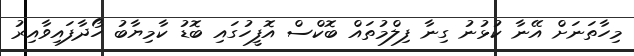
މިހާތަނަށް އޭނާ ކުޅުނު ގިނާ ފިލްމުތައް ބޮކްސް އޮފީހުގައި ބޮޑު ކާމިޔާބު ހޯދާފައިވާއިރު